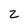
Character: 2